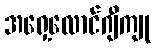
အရှေ့လောင်ဂျီကျု